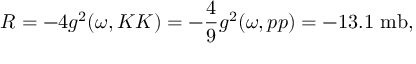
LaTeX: R = - 4 g ^ { 2 } ( \omega , K K ) = - \frac { 4 } { 9 } g ^ { 2 } ( \omega , p p ) = - 1 3 . 1 \, \, \mathrm { m b } ,